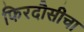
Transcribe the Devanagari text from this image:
फिरदौसीचा